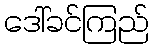
ဒေါ်ခင်ကြည်